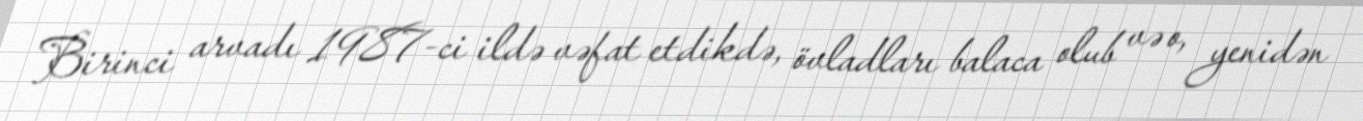
Birinci arvadı 1987-ci ildə vəfat etdikdə, övladları balaca olub və o, yenidən